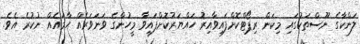
ލަންކާގެ ނޫސްތަކުގައި މިކަން ރިޕޯޓްކޮށްފައިވާއިރު ހައްޔަރުކޮށްފައިވާ މީހުންގެ ވަނަވަރެއް ހާމައެއް ނުކުރެ އެވެ.